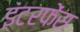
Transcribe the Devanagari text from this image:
इंटरफेंस